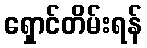
ရှောင်တိမ်းရန်